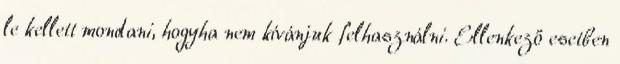
le kellett mondani, hogyha nem kívánjuk felhasználni. Ellenkező esetben